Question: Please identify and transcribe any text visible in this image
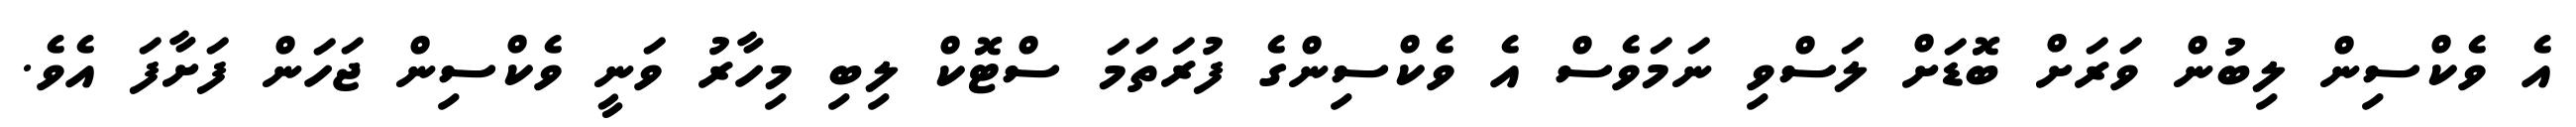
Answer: އެ ވެކްސިން ލިބުން ވަރަށް ބޮޑަށް ލަސްވި ނަމަވެސް އެ ވެކްސިންގެ ފުރަތަމަ ސްޓޮކް ލިބި މިހާރު ވަނީ ވެކްސިން ޖަހަން ފަށާފަ އެވެ.